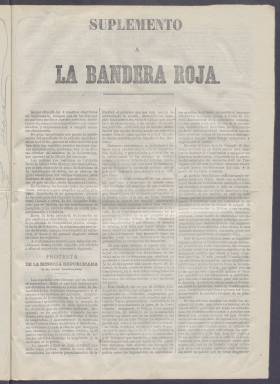
Título: La Bandera roja (Madrid. 1869)
Colección: Periódicos
Ámbito geográfico: Madrid
Lugar de publicación: Madrid
Fechas: 01/01/1869-13/10/1869